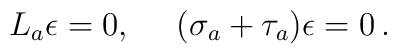
L_a\epsilon=0,\ \ \ \ (\sigma_a+\tau_a)\epsilon=0\, .